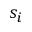
s _ { i }